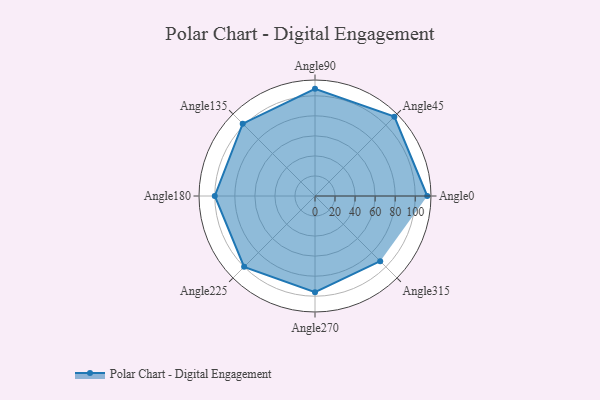
{"axis": {"x": "Angle", "y": "Radius"}, "legend": [""], "data": [{"x": "Angle0", "y": 112.0, "type": ""}, {"x": "Angle45", "y": 112.0, "type": ""}, {"x": "Angle90", "y": 107.0, "type": ""}, {"x": "Angle135", "y": 102.0, "type": ""}, {"x": "Angle180", "y": 100.0, "type": ""}, {"x": "Angle225", "y": 100.0, "type": ""}, {"x": "Angle270", "y": 96.0, "type": ""}, {"x": "Angle315", "y": 92.0, "type": ""}]}